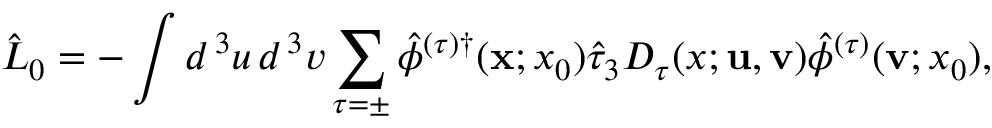
\hat { \cal L } _ { 0 } = - \int d ^ { \, 3 } u \, d ^ { \, 3 } v \sum _ { \tau = \pm } \hat { \phi } ^ { ( \tau ) \dagger } ( { \bf x } ; x _ { 0 } ) \hat { \tau } _ { 3 } D _ { \tau } ( x ; { \bf u } , { \bf v } ) \hat { \phi } ^ { ( \tau ) } ( { \bf v } ; x _ { 0 } ) ,